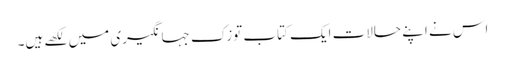
اس نے اپنے حالات ایک کتاب توزک جہانگیری میں لکھے ہیں۔